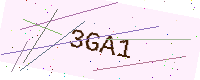
Text: 3GA1